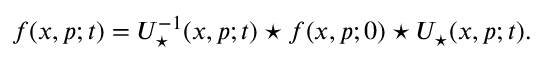
f ( x , p ; t ) = U _ { \star } ^ { - 1 } ( x , p ; t ) \star f ( x , p ; 0 ) \star U _ { \star } ( x , p ; t ) .